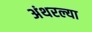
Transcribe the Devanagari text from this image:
अंथरल्या